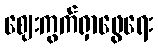
ဈေးကွက်ရှာဖွေရေး